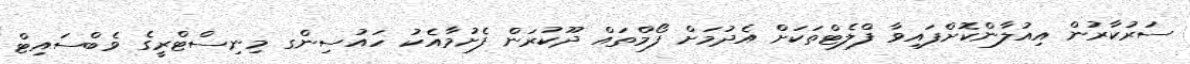
ސަރުކާރުން އިއުލާންކޮށްފައިވާ ފްލެޓްތަކަށް އެދުމަށް ފޯމްތައް ދޫކުރަން ފެށުމާއެކު ހައުސިންގ މިނިސްޓްރީގެ ވެބްސައިޓް